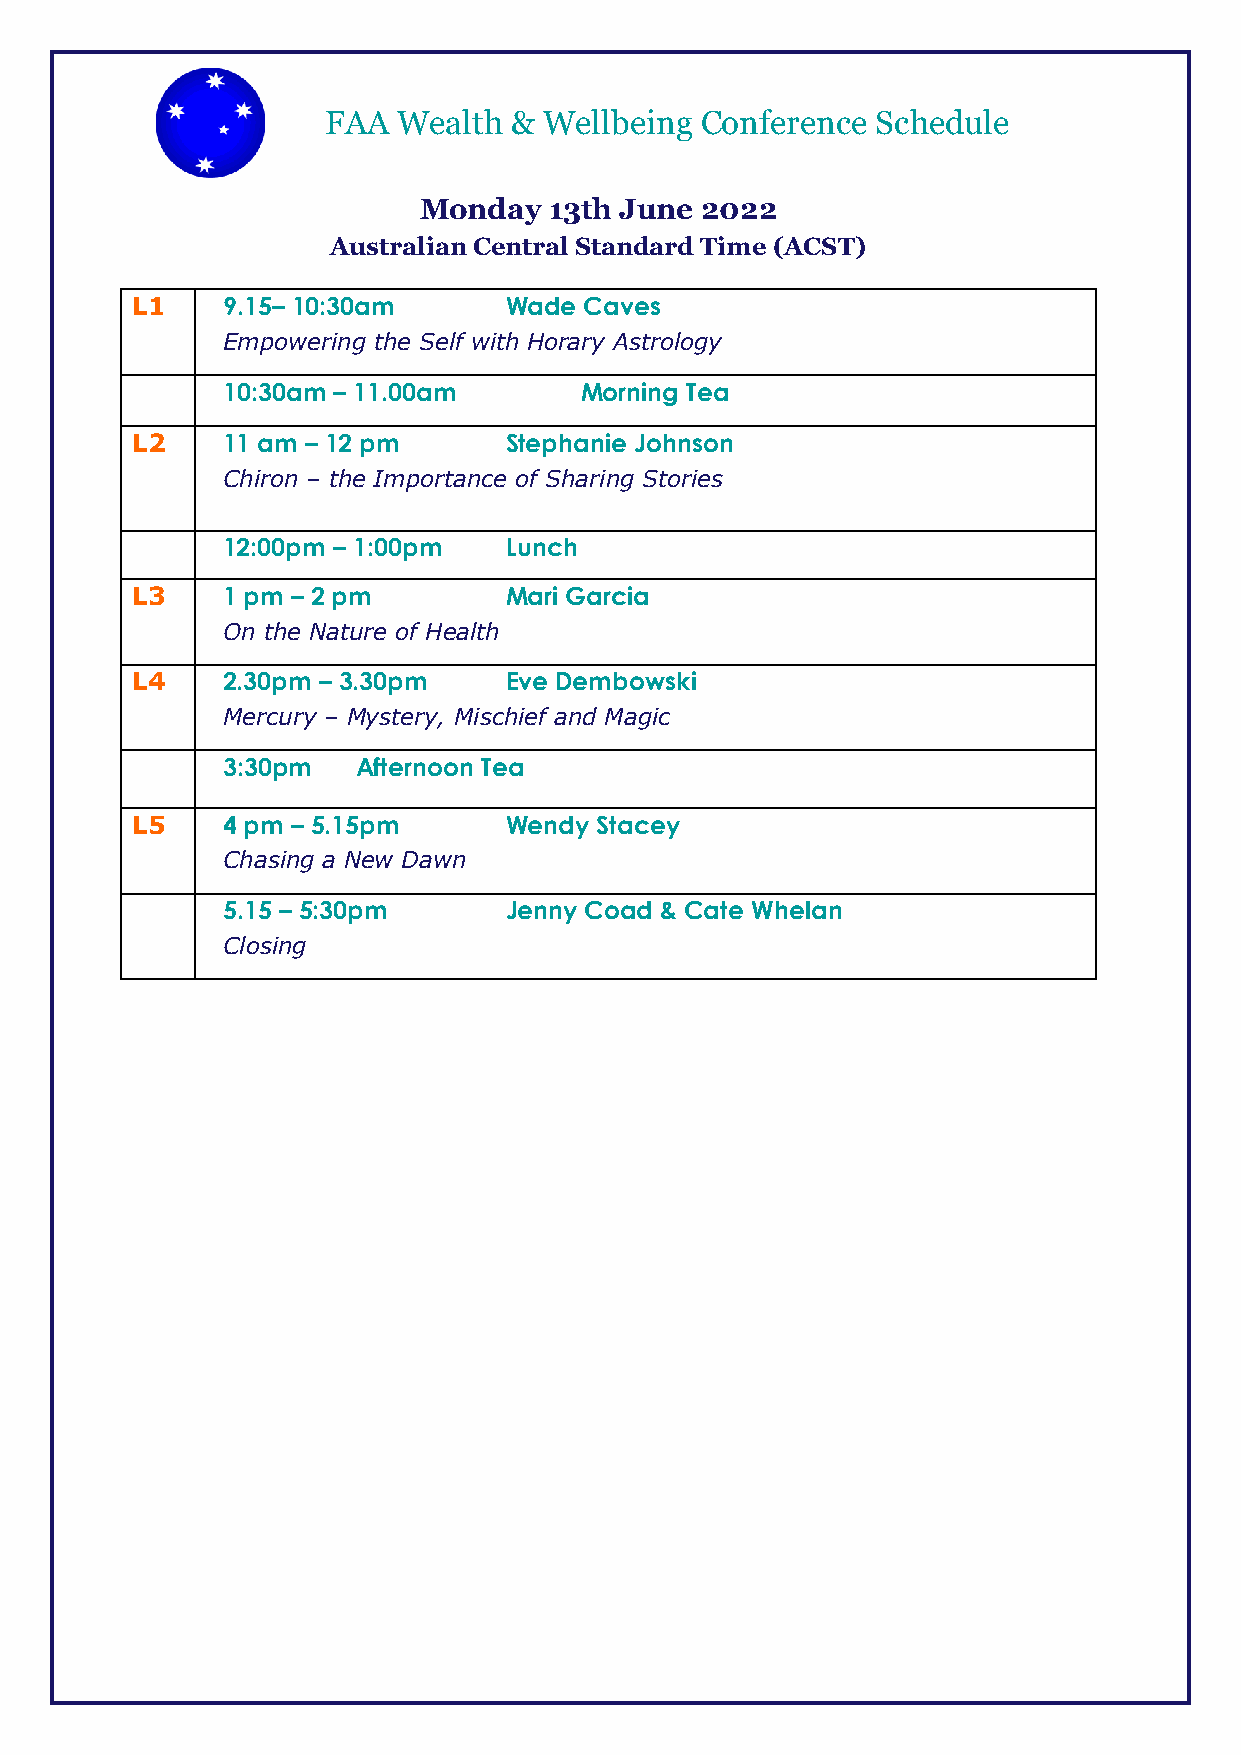
FAA Wealth  & Wellbeing Conference  Schedule
 Monday  13th June 2022
 Australian Central Standard Time (ACST)
 L1    9.15– 10:30am     Wade  Caves
 Empowering the Self with Horary Astrology
 10:30am – 11.00am      Morning Tea
 L2    11 am – 12 pm     Stephanie Johnson
 Chiron – the Importance of Sharing Stories
 12:00pm – 1:00pm  Lunch
 L3    1 pm – 2 pm       Mari Garcia
 On the Nature of Health
 L4    2.30pm – 3.30pm   Eve Dembowski
 Mercury – Mystery, Mischief and Magic
 3:30pm   Afternoon Tea
 L5    4 pm – 5.15pm     Wendy  Stacey
 Chasing a New Dawn
 5.15 – 5:30pm     Jenny Coad & Cate Whelan
 Closing